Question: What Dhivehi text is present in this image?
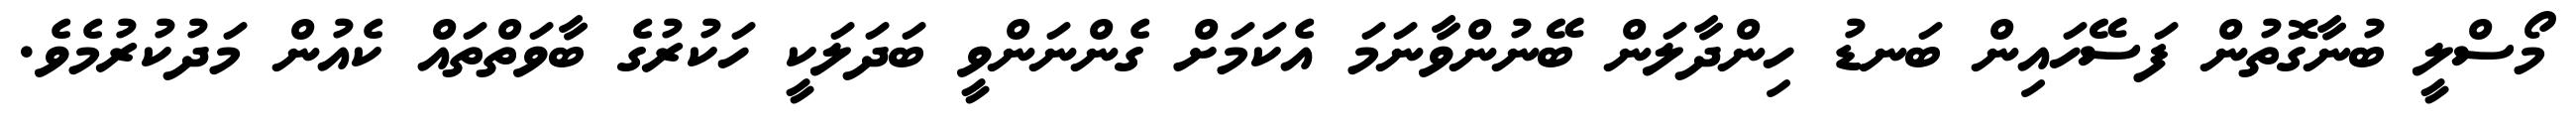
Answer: މޯސްލީ ބުނާގޮތުން ފަސޭހައިން ބަނޑު ހިންދާލަން ބޭނުންވާނަމަ އެކަމަށް ގެންނަންވީ ބަދަލަކީ ހަކުރުގެ ބާވަތްތައް ކެއުން މަދުކުރުމެވެ.